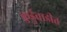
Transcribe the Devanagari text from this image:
कुर्डुवाडीत